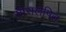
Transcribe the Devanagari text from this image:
सीसलेपित